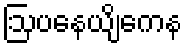
ဩပနေယျိကေန